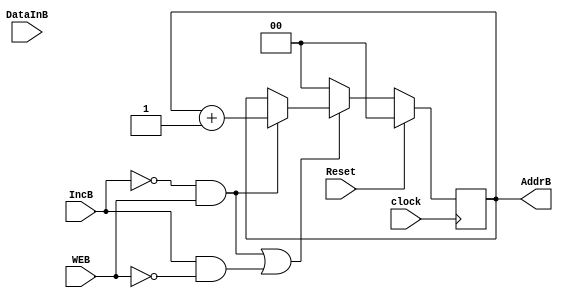
module MEM_counter_B(WEB,clock,DataInB,IncB,Reset,AddrB);
input [7:0]DataInB;
input IncB,clock,Reset,WEB;
output [1:0]AddrB;
wire clock,IncB,ResetB,WEB;
wire [7:0]DataInB;
reg [1:0]AddrB;
reg [7:0] MemB[0:3]; 

always @(posedge clock)
begin
	if(!Reset)
	begin
		if((IncB == 1'b0 && WEB == 1'b1)||(IncB == 1'b1 && WEB == 1'b0))
		begin
			if(WEB)
			begin
				MemB[AddrB] <= DataInB;
			end
			if(IncB == 1'b0 && WEB == 1'b1)
			begin
				AddrB = AddrB + 1;
			end
		end
		else
		begin
         		AddrB <= 2'b00;
        	end
	end
	else
	begin
		AddrB <= 2'b00;
	end
end
endmodule